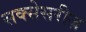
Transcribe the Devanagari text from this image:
सक्सेसरीज़